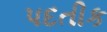
પદતીક